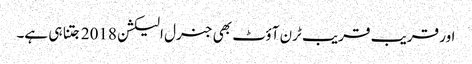
اور قریب قریب ٹرن آؤٹ بھی جنرل الیکشن 2018 جتنا ہی ہے۔